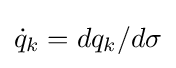
{\dot {q}}_{k}=dq_{k}/d\sigma